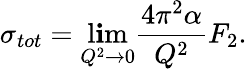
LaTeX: \sigma_{tot}=\operatorname*{l\mathbf{i}m}_{Q^{2}\rightarrow0}\frac{{4\pi^{2}\alpha}}{{Q^{2}}}F_{2}.